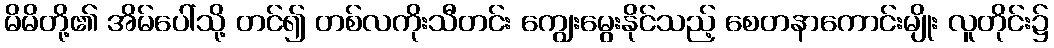
မိမိတို့၏ အိမ်ပေါ်သို့ တင်၍ တစ်လကိုးသီတင်း ကျွေးမွေးနိုင်သည့် စေတနာကောင်းမျိုး လူတိုင်း၌